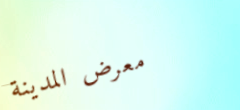
معرض المدينة